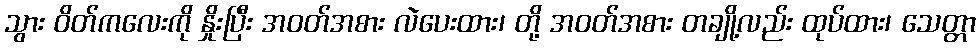
သွား ဝိတ်ကလေးကို နှိုးပြီး အဝတ်အစား လဲပေးထား၊ တို့ အဝတ်အစား တချို့လည်း ထုပ်ထား၊ သေတ္တာ